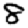
Digit: 8